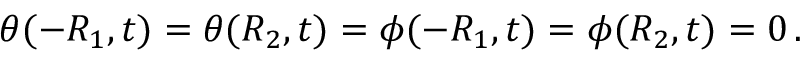
\theta ( - R _ { 1 } , t ) = \theta ( R _ { 2 } , t ) = \phi ( - R _ { 1 } , t ) = \phi ( R _ { 2 } , t ) = 0 \, .